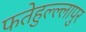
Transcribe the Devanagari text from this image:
फतेहुल्ल्लापुर